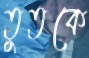
তুতকে